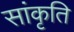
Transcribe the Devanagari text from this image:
सांकृति